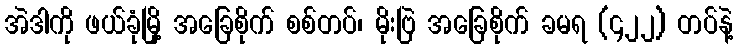
အဲဒါကို ဖယ်ခုံမြို့ အခြေစိုက် စစ်တပ်၊ မိုးဗြဲ အခြေစိုက် ခမရ (၄၂၂) တပ်နဲ့